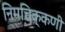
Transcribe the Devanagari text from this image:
निमचिक्कणी